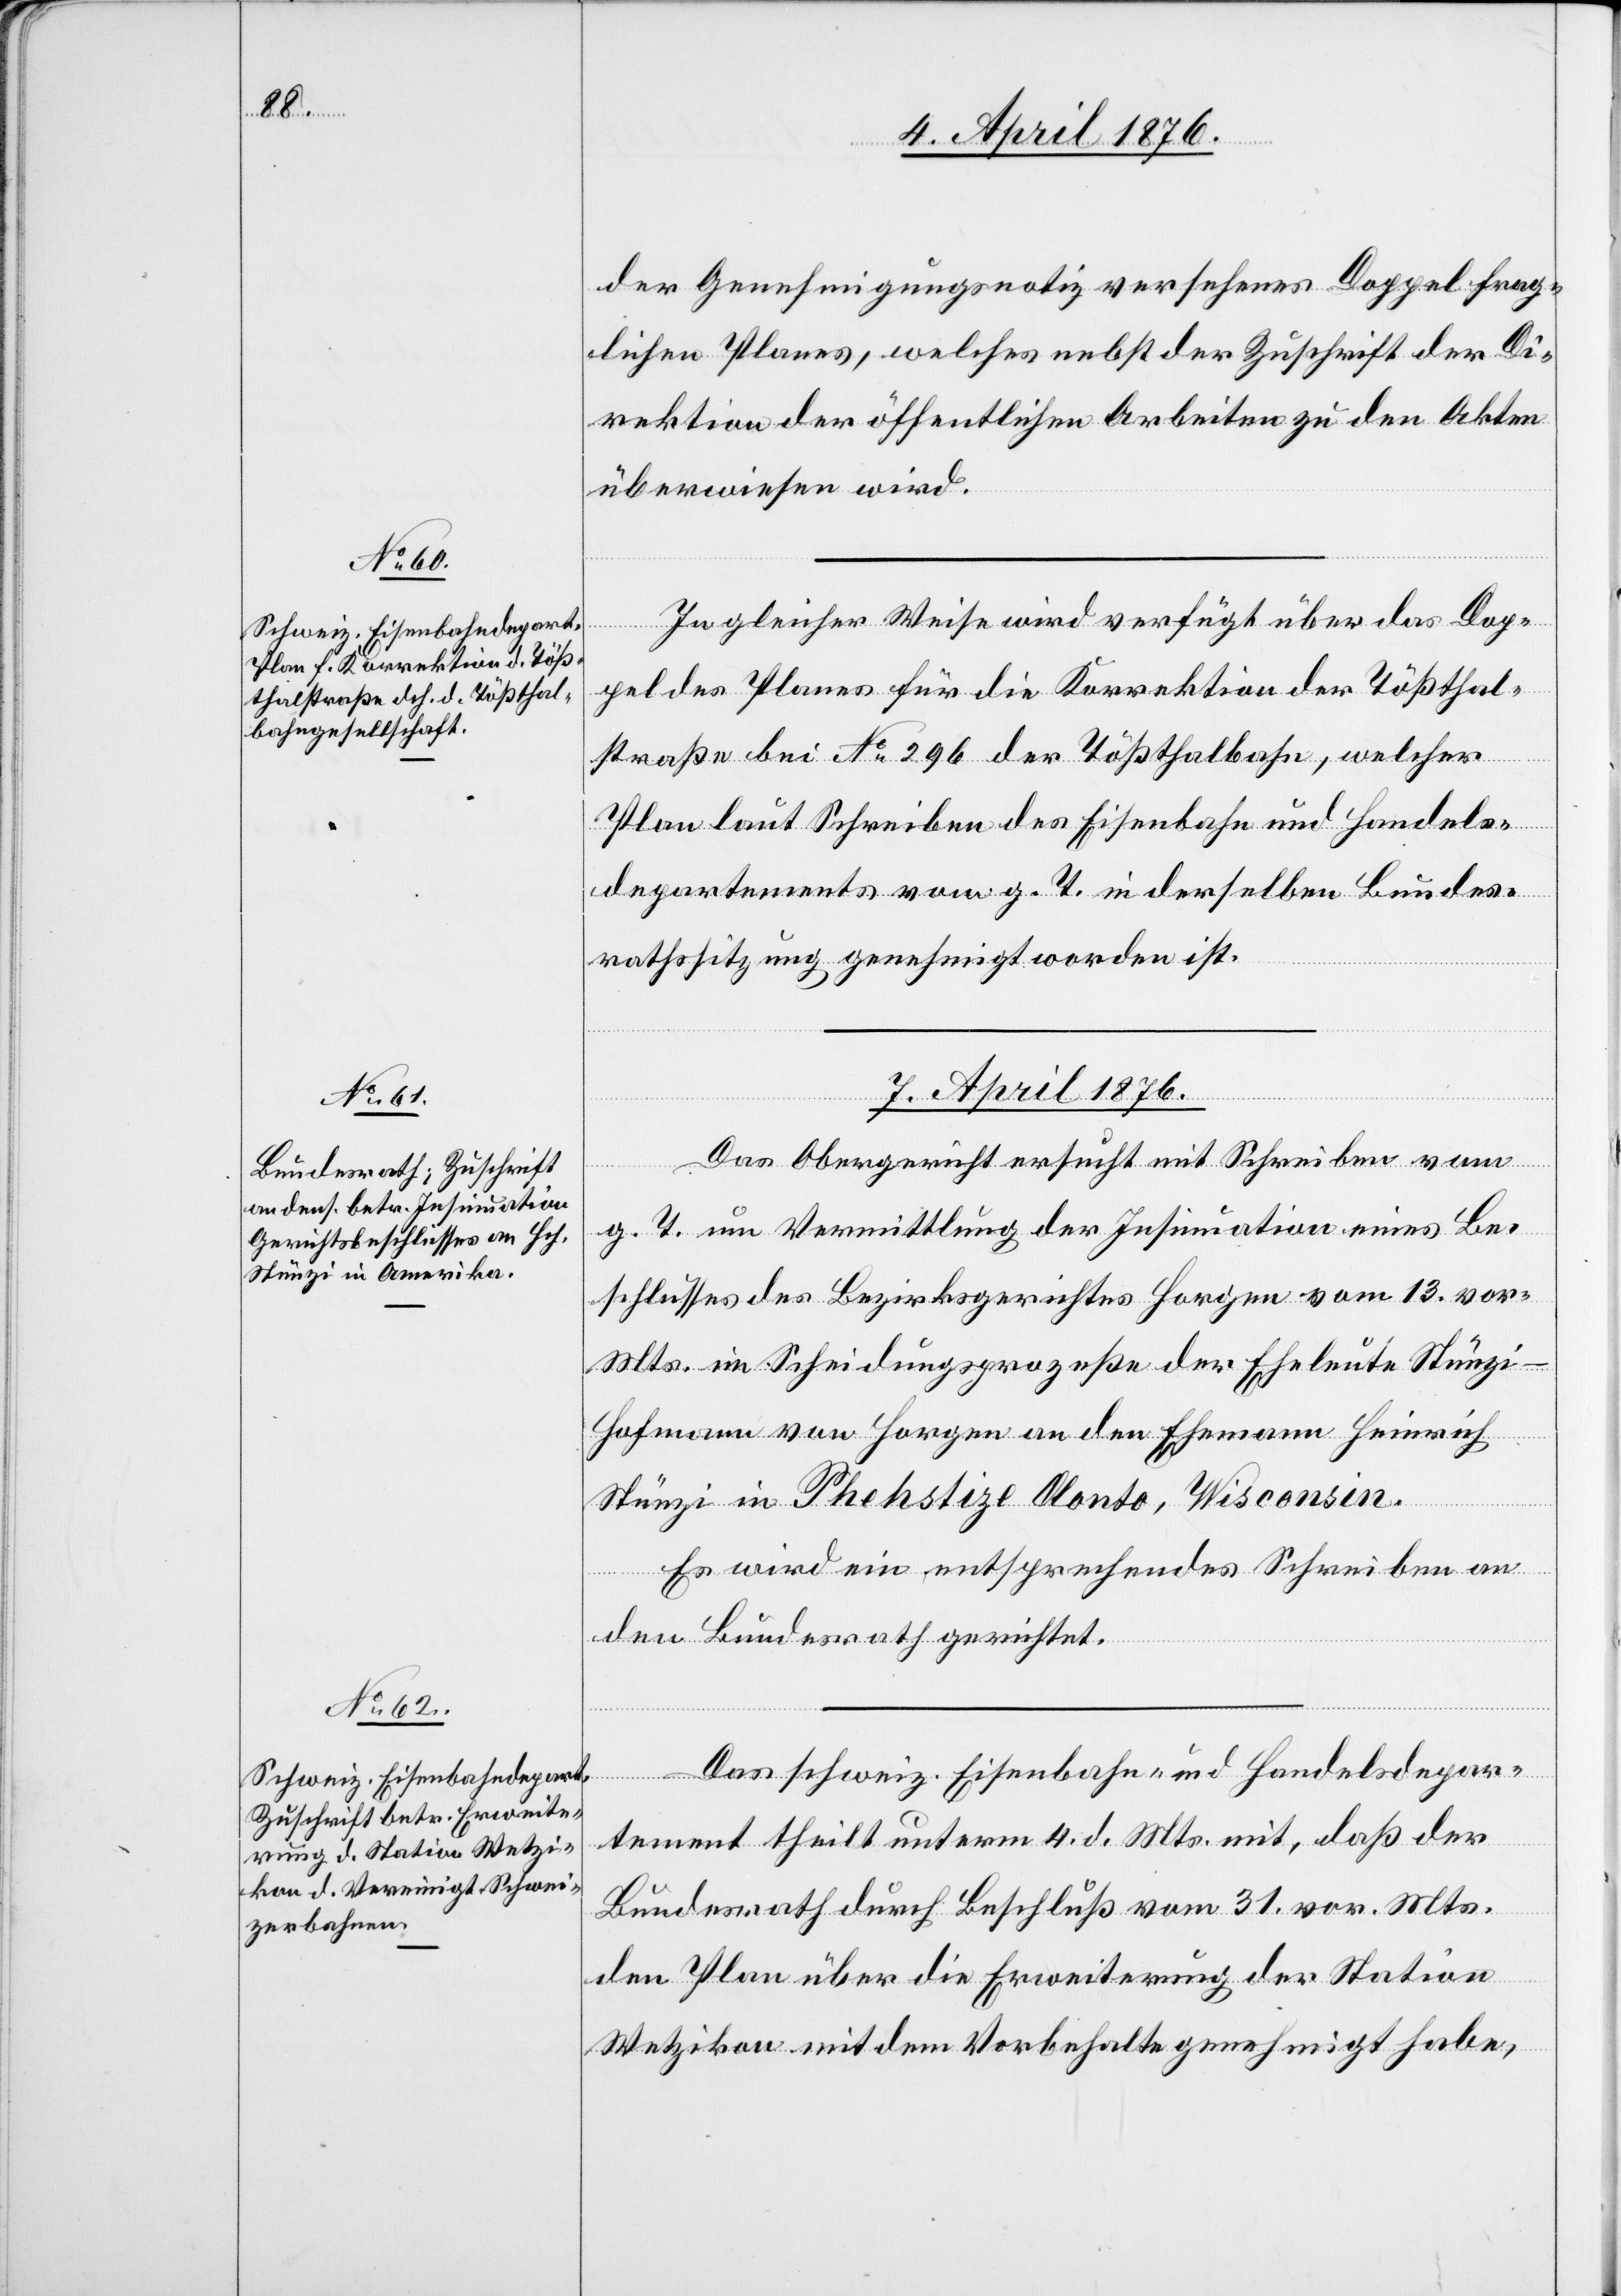
6. April 1876.]
der Genehmigungsnotiz versehenes Doppel frag¬
lichen Planes, welcher nebst der Zuschrift der Di¬
rektion der öffentlichen Arbeiten den Akten
überwiesen wird.
In gleicher Weise wird verfügt über das Dop¬
[Fortsetzung
pel des Planes für die Korrektion der Tößthal¬
straße bei No 296 der Tößthalbahn, welcher
Plan laut Schreiben des Eisenbahn und Handels¬
departements vom g. T. in derselben Bundes¬
rathssitzung genehmigt worden ist.
7. April 1876.
Das Obergericht ersucht mit Schreiben vom
g. T. um Vermittlung der Insinuation eines Be¬
schlusses des Bezirksrathes Horgen vom 13. vor.
Mts. im Scheidungsprozeße der Eheleute Stünz¬
i-Hofmann von Horgen an den Ehemann Heinrich
Stünzi in [?Phehsize Olonto], Wisconsin.
Es wir ein entsprechendes Schreiben an
den Bundesrath gerichtet.
Das schweiz. Eisenbahn- und Handelsdepar¬
tement theilt unter 4. d. Mts. mit, daß der
Bundesrath durch Beschluß vom 31. vor. Mts.
den Plan über die Erweiterung der Station
Wetzikon mit dem Vorbehalte genehmigt habe,